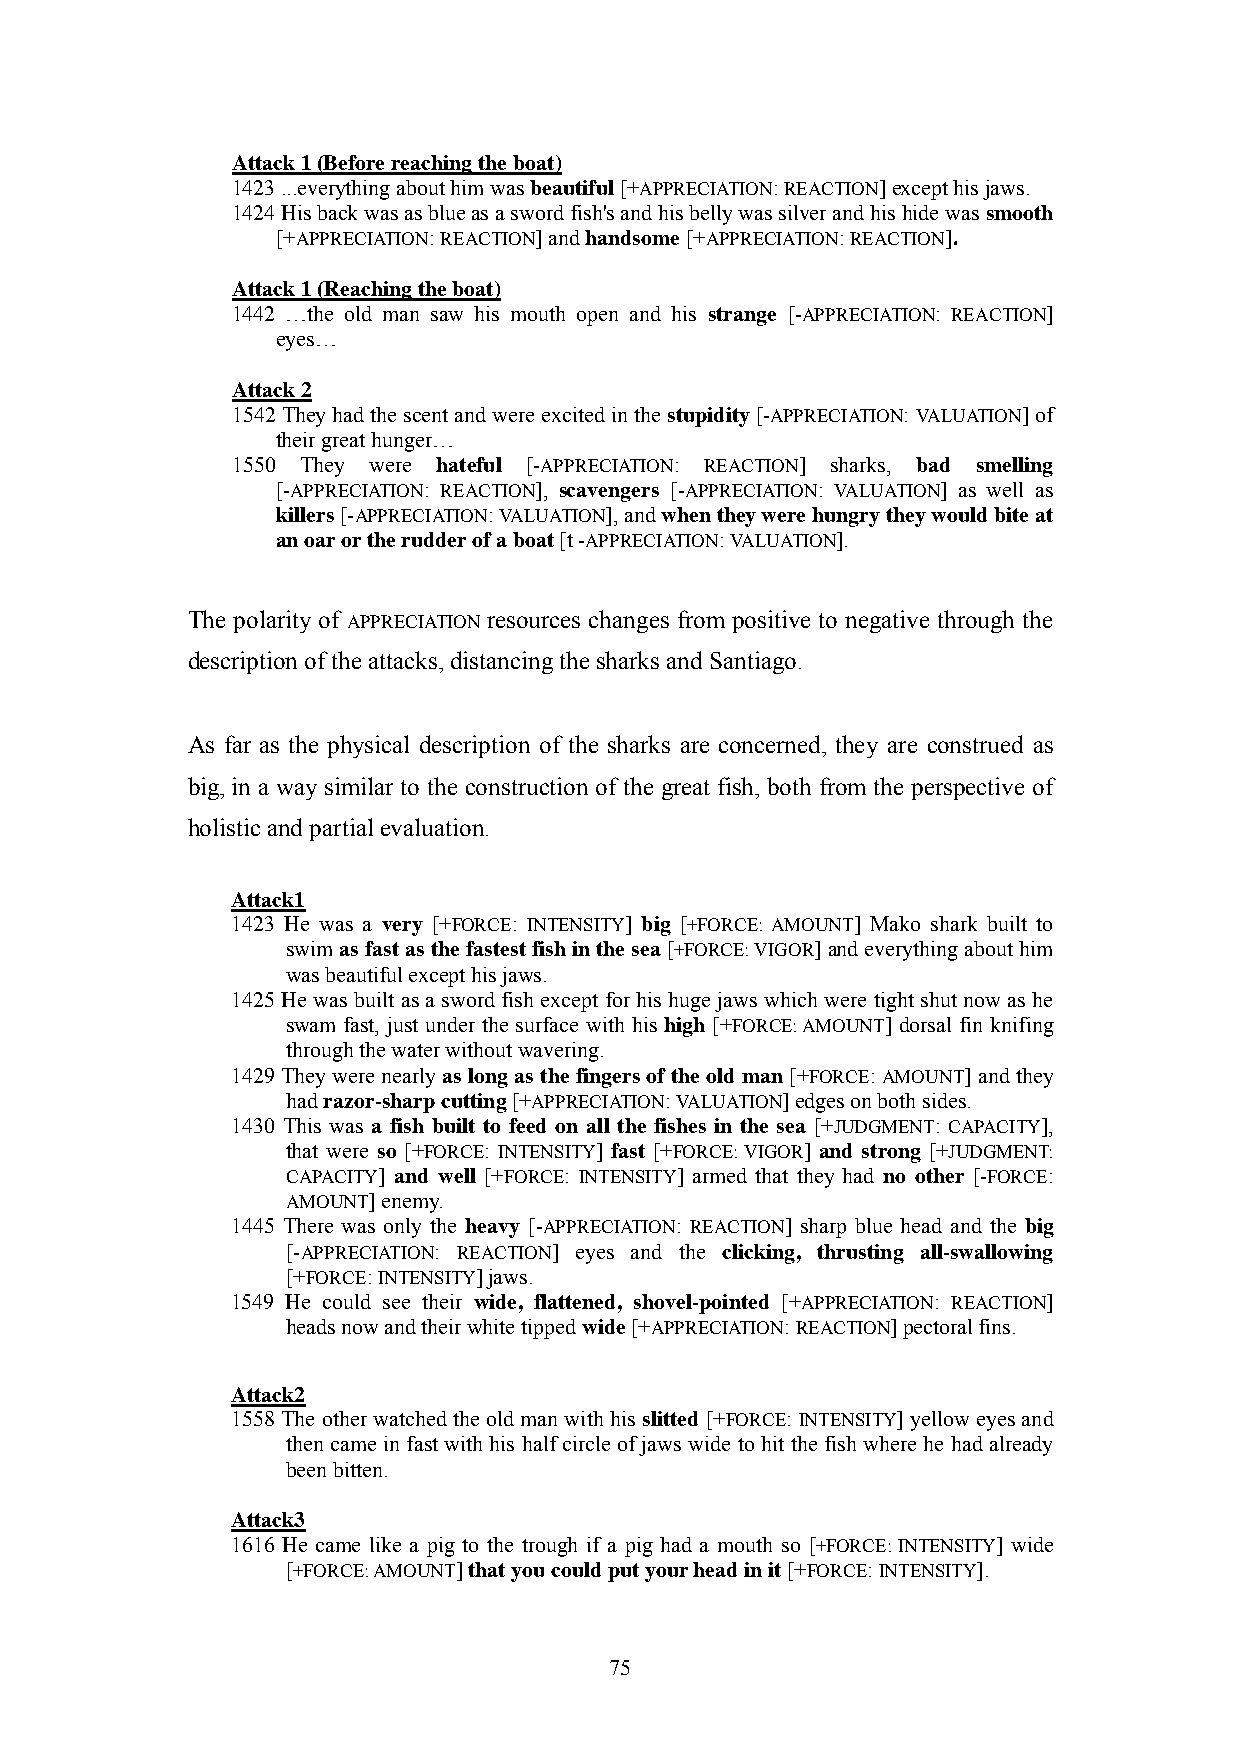
Attack 1 (Before reaching the boat)
 1423 ...everything about him was beautiful [+APPRECIATION: REACTION] except his jaws.
 1424 His back was as blue as a sword fish's and his belly was silver and his hide was smooth
 [+APPRECIATION: REACTION] and handsome [+APPRECIATION: REACTION].
 Attack 1 (Reaching the boat)
 1442 …the old man saw his mouth open and his strange [-APPRECIATION: REACTION]
 eyes…
 Attack 2
 1542 They had the scent and were excited in the stupidity [-APPRECIATION: VALUATION] of
 their great hunger…
 1550 They were hateful [-APPRECIATION: REACTION] sharks, bad smelling
 [-APPRECIATION: REACTION], scavengers [-APPRECIATION: VALUATION] as well as
 killers [-APPRECIATION: VALUATION], and when they were hungry they would bite at
 an oar or the rudder of a boat [t -APPRECIATION: VALUATION].
 The polarity of APPRECIATION resources changes from positive to negative through the
 description of the attacks, distancing the sharks and Santiago.
 As far as the physical description of the sharks are concerned, they are construed as
 big, in a way similar to the construction of the great fish, both from the perspective of
 holistic and partial evaluation.
 Attack1
 1423 He was a very [+FORCE: INTENSITY] big [+FORCE: AMOUNT] Mako shark built to
 swim as fast as the fastest fish in the sea [+FORCE: VIGOR] and everything about him
 was beautiful except his jaws.
 1425 He was built as a sword fish except for his huge jaws which were tight shut now as he
 swam fast, just under the surface with his high [+FORCE: AMOUNT] dorsal fin knifing
 through the water without wavering.
 1429 They were nearly as long as the fingers of the old man [+FORCE: AMOUNT] and they
 had razor-sharp cutting [+APPRECIATION: VALUATION] edges on both sides.
 1430 This was a fish built to feed on all the fishes in the sea [+JUDGMENT: CAPACITY],
 that were so [+FORCE: INTENSITY] fast [+FORCE: VIGOR] and strong [+JUDGMENT:
 CAPACITY] and well [+FORCE: INTENSITY] armed that they had no other [-FORCE:
 AMOUNT] enemy.
 1445 There was only the heavy [-APPRECIATION: REACTION] sharp blue head and the big
 [-APPRECIATION: REACTION] eyes and the clicking, thrusting all-swallowing
 [+FORCE: INTENSITY] jaws.
 1549 He could see their wide, flattened, shovel-pointed [+APPRECIATION: REACTION]
 heads now and their white tipped wide [+APPRECIATION: REACTION] pectoral fins.
 Attack2
 1558 The other watched the old man with his slitted [+FORCE: INTENSITY] yellow eyes and
 then came in fast with his half circle of jaws wide to hit the fish where he had already
 been bitten.
 Attack3
 1616 He came like a pig to the trough if a pig had a mouth so [+FORCE: INTENSITY] wide
 [+FORCE: AMOUNT] that you could put your head in it [+FORCE: INTENSITY].
 75